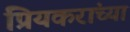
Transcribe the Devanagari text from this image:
प्रियकरांच्या